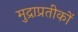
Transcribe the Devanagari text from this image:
मुद्राप्रतीकों